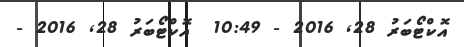
އޮކްޓޯބަރު 28